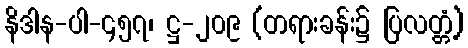
နိဒါန-ပါ-၄၅၇၊ ဋ္ဌ-၂၀၉ (တရားခန်း၌ ပြလတ္တံ့)